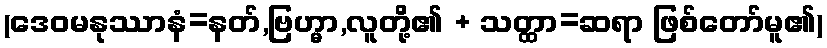
(ဒေဝမနုဿာနံ=နတ်,ဗြဟ္မာ,လူတို့၏ + သတ္ထာ=ဆရာ ဖြစ်တော်မူ၏)